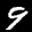
Label: 9